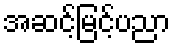
အဆင့်မြင့်ပညာ